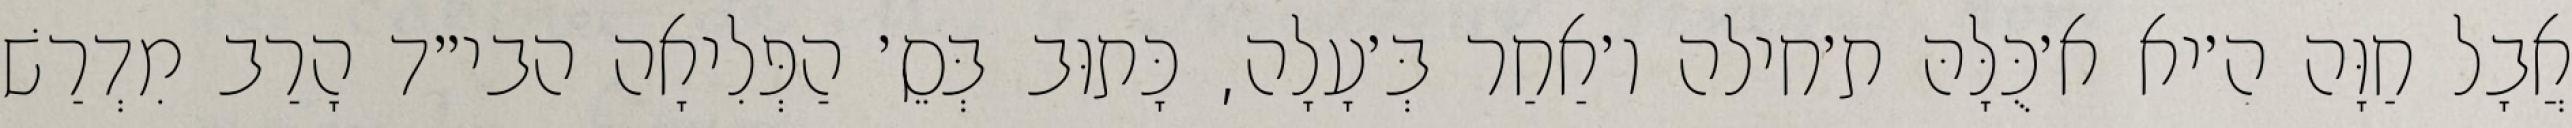
אֲבָל חַוָּה ה׳יא א׳כֻּלָּהּ ת׳חילה ו׳אַחַר בְּ׳עָלָה, כָּתוּב בְּסֵ׳ הַפְּלִיאָה הבי״ד הָרַב מִדְרַשׁ